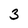
Character: 3